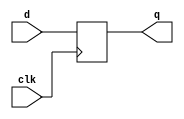
`timescale 1ns / 1ps
//////////////////////////////////////////////////////////////////////////////////
// Company: 
// Engineer: 
// 
// Design Name: 
// Module Name: register
// Project Name: 
// Target Devices: 
// Tool Versions: 
// Description: 
// 
// Dependencies: 
// 
// Revision:
// Revision 0.01 - File Created
// Additional Comments:
// 
//////////////////////////////////////////////////////////////////////////////////


module register #(parameter WORD_SIZE = 32)
                 (input [WORD_SIZE - 1: 0] d,
                  input clk,
                  output reg [WORD_SIZE - 1: 0] q);

    always @ (posedge clk) begin
        q <= d;
    end
endmodule